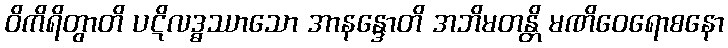
ဝိကိရိတွာတိ ပဋိလဒ္ဓဿာသော အာနန္ဒောတိ အဘိမတန္တိ မဏိဝေရောစနော